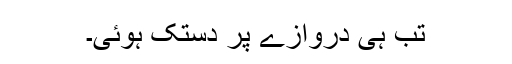
تب ہی دروازے پر دستک ہوئی۔